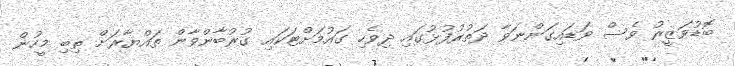
ބޮޑުވަޒީރު ވެސް ވަޑައިގަންނަވާ ދަތުރުފުޅުގައި ދިވެހި ގައުމަށްޓަކައި ގުރުބާންވާން ތައްޔާރަށް ތިބި މީހުން